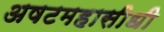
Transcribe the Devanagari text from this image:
अषटमहासीधी